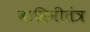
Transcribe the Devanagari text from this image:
वाहिनीतंत्र